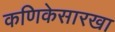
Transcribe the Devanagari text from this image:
कणिकेसारखा